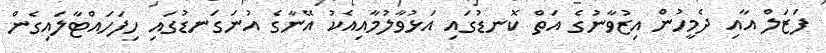
ފަޒަލް އާއި ދެމީހުން އިޒުވާނުގެ އަތް ކޮނޑުގައި އަޅުވާލުމާއިއެކު އޭނާގެ އުނަގަނޑުގައި ހިފަހައްޓާލައިގެން